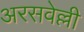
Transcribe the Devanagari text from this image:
अरसवेल्ली